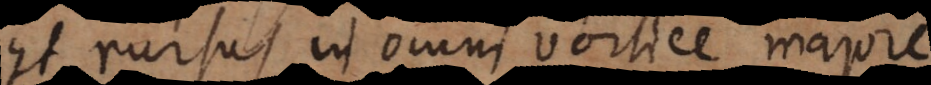
Et rursus in omni vortice majore